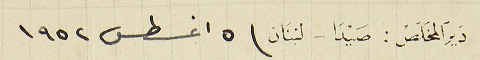
دير المخلص : صيدا - لبنان  ٥ اغسطس ١٩٥٢